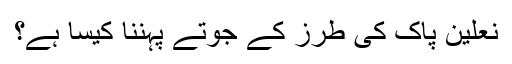
نعلین پاک کی طرز کے جوتے پہننا کیسا ہے؟